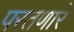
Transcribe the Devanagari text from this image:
परतणारे